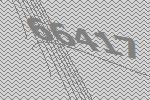
66417